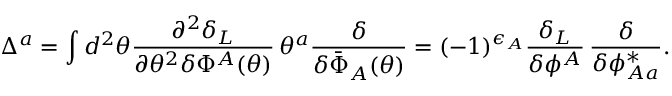
\Delta ^ { a } = \int d ^ { 2 } \theta \frac { \partial ^ { 2 } \delta _ { L } } { \partial \theta ^ { 2 } \delta \Phi ^ { A } ( \theta ) } \, \theta ^ { a } \frac { \delta } { \delta \bar { \Phi } _ { A } ( \theta ) } = ( - 1 ) ^ { \epsilon _ { A } } \frac { \delta _ { L } } { \delta \phi ^ { A } } \, \frac { \delta } { \delta \phi _ { A a } ^ { * } } .